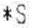
*S